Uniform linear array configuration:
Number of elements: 4
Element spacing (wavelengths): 1
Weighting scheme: blackman
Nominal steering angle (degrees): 60
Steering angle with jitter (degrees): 58.598
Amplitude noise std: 0.05
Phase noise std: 0.05

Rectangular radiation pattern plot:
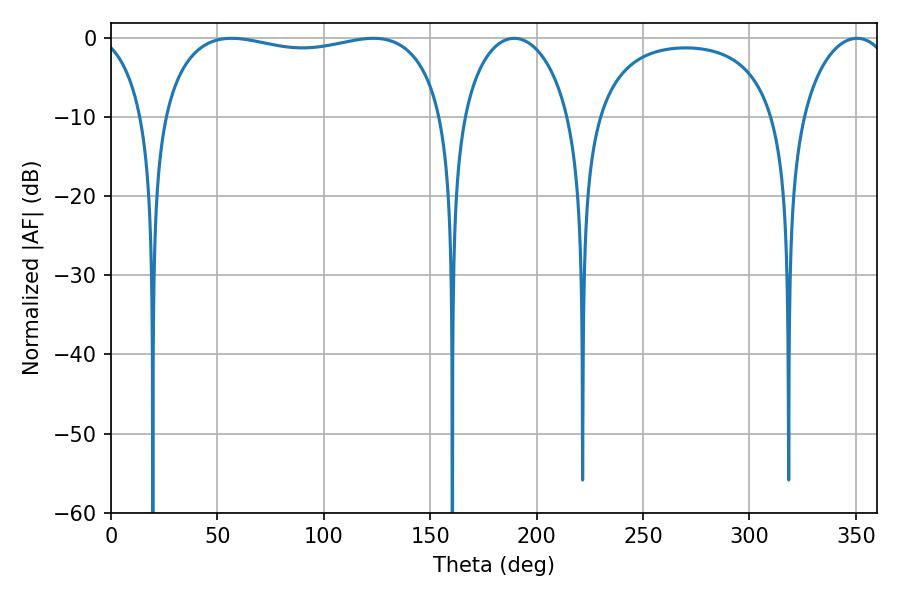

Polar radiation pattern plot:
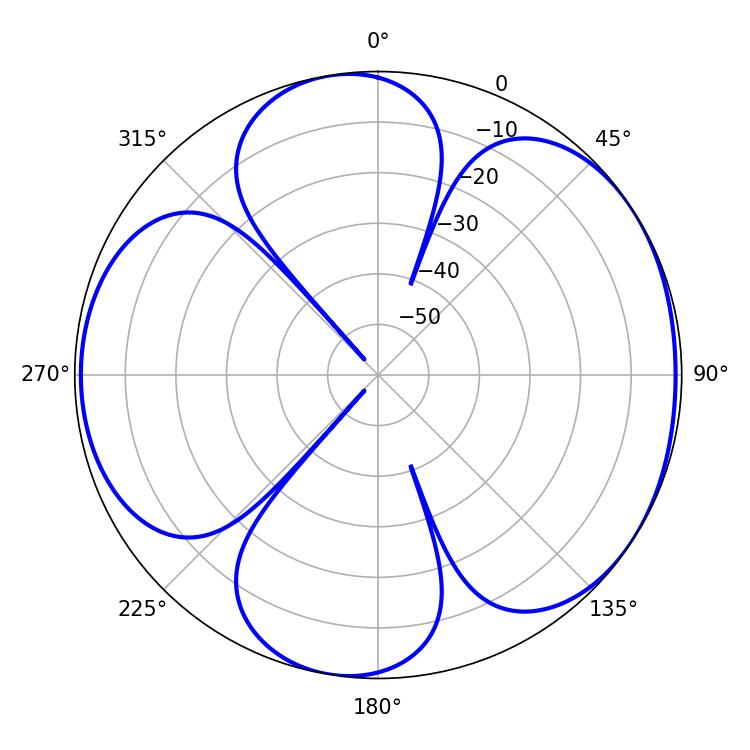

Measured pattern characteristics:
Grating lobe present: TRUE
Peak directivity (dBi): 5.432
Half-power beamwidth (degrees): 108
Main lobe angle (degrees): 56.7